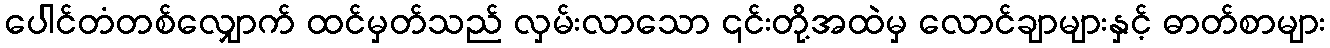
ပေါင်တံတစ်လျှောက် ထင်မှတ်သည် လှမ်းလာသော ၎င်းတို့အထဲမှ လောင်ချာများနှင့် ဓာတ်စာများ